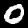
Label: 0